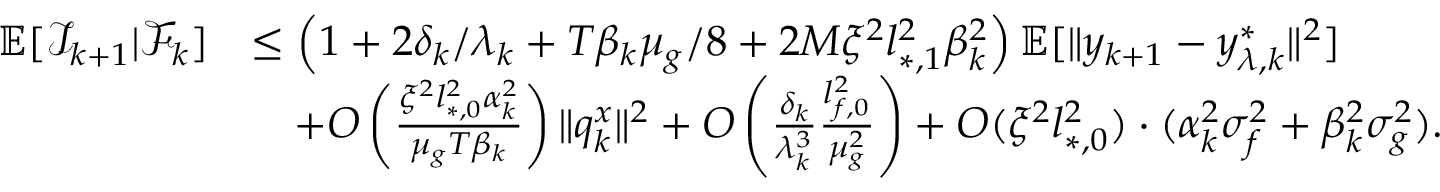
\begin{array} { r l } { \mathbb { E } [ \mathcal { I } _ { k + 1 } | \mathcal { F } _ { k } ] } & { \le \left( 1 + 2 \delta _ { k } / \lambda _ { k } + T \beta _ { k } \mu _ { g } / 8 + 2 M \xi ^ { 2 } l _ { * , 1 } ^ { 2 } \beta _ { k } ^ { 2 } \right) \mathbb { E } [ \| y _ { k + 1 } - y _ { \lambda , k } ^ { * } \| ^ { 2 } ] } \\ & { \quad + O \left( \frac { \xi ^ { 2 } l _ { * , 0 } ^ { 2 } \alpha _ { k } ^ { 2 } } { \mu _ { g } T \beta _ { k } } \right) \| q _ { k } ^ { x } \| ^ { 2 } + O \left( \frac { \delta _ { k } } { \lambda _ { k } ^ { 3 } } \frac { l _ { f , 0 } ^ { 2 } } { \mu _ { g } ^ { 2 } } \right) + O ( \xi ^ { 2 } l _ { * , 0 } ^ { 2 } ) \cdot ( \alpha _ { k } ^ { 2 } \sigma _ { f } ^ { 2 } + \beta _ { k } ^ { 2 } \sigma _ { g } ^ { 2 } ) . } \end{array}